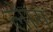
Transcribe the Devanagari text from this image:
लेाग